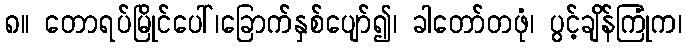
၈။ တောရပ်မြိုင်ပေါ်၊ခြောက်နှစ်ပျော်၍၊ ခါတော်တဖုံ၊ ပွင့်ချိန်ကြုံက၊